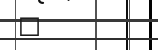
٣